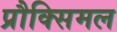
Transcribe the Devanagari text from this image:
प्रौक्सिमल